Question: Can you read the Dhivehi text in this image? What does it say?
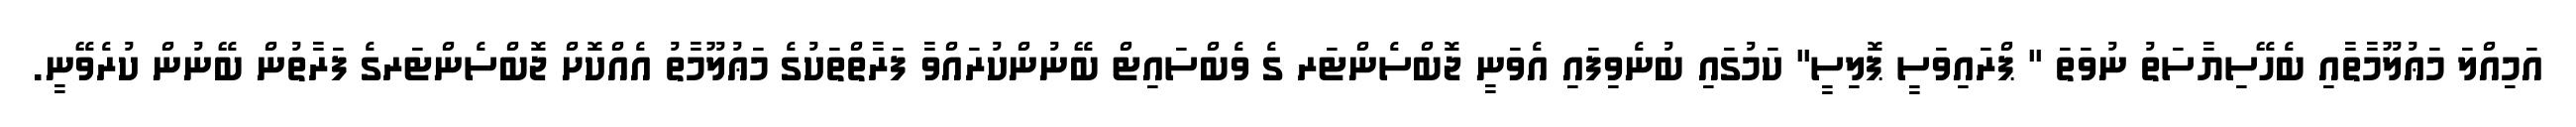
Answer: އަމިއްލަ މަޢުލޫމާތާއި ބެހޭސިޔާސަތު ނުވަތަ " ޕްރައިވަސީ ޕޮލިސީ" ކަމުގައި ބުނެވިފައި އެވަނީ ޖޮބްސެންޓަރ ގެ ވެބްސައިޓް ބޭނުންކުރައްވާ ފަރާތްތަކުގެ މަޢުލޫމާތު އެއްކޮށް ޖޮބްސެންޓަރގެ ފަރާތުން ބޭނުން ކުރެވޭނީ.